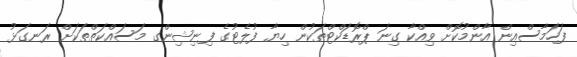
ފަހަމާސްއިން އާންމުކޮށް ވިއްކާ ގިނަ ޕްރޮޑަކްޓްތަކުން ހިޔާ ފުލެޓުގެ ފިނިޝިންގ މަސައްކަތްތަކަށް ރަނގަޅު